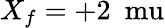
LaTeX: X_{f}=+2~\mathrm{\ mu}